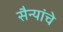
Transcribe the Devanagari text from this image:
सैन्यांचे